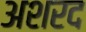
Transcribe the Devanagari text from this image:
अशरद